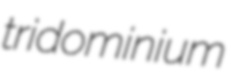
tridominium